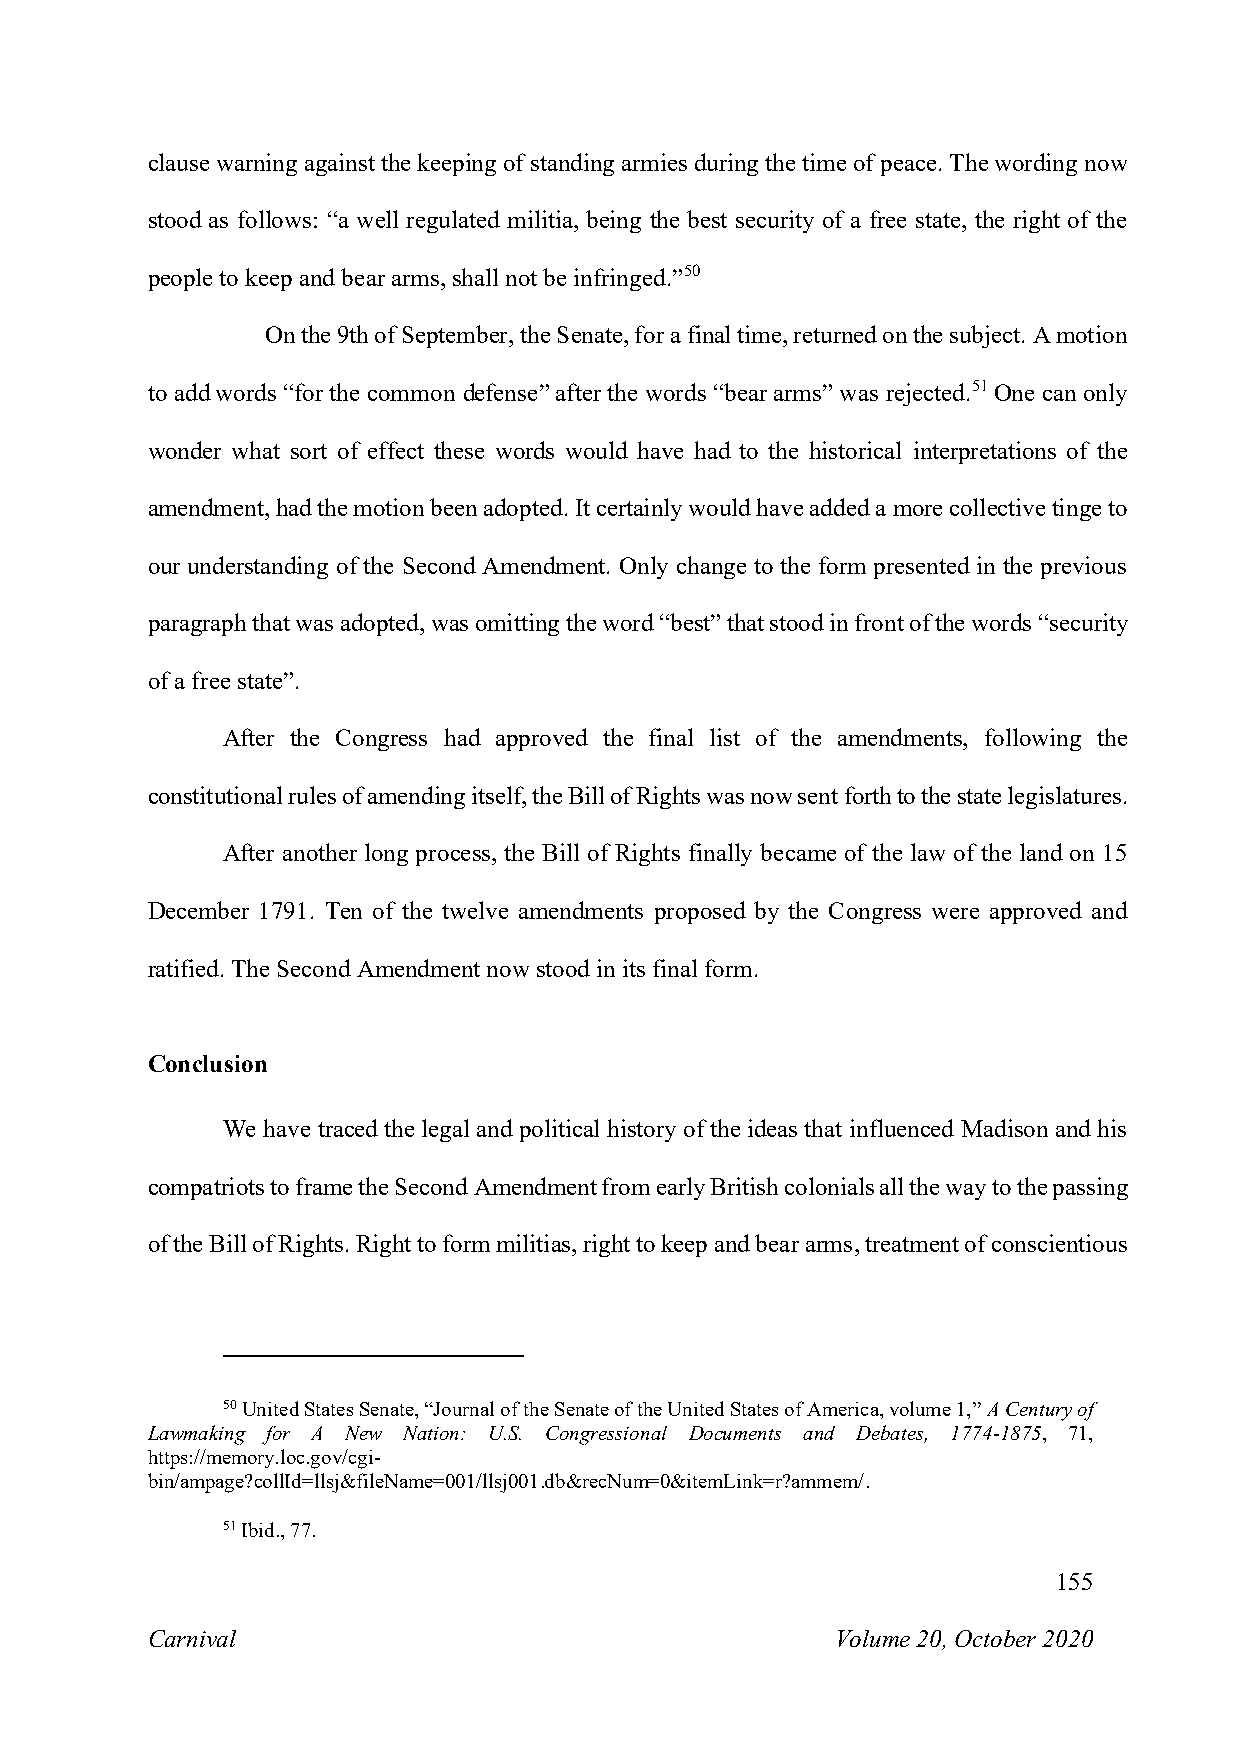
clause warning against the keeping of standing armies during the time of peace. The wording now
 stood as follows: “a well regulated militia, being the best security of a free state, the right of the
 people to keep and bear arms, shall not be infringed.”50
 On the 9th of September, the Senate, for a final time, returned on the subject. A motion
 to add words “for the common defense” after the words “bear arms” was rejected.51 One can only
 wonder what sort of effect these words would have had to the historical interpretations of the
 amendment, had the motion been adopted. It certainly would have added a more collective tinge to
 our understanding of the Second Amendment. Only change to the form presented in the previous
 paragraph that was adopted, was omitting the word “best” that stood in front of the words “security
 of a free state”.
 After the Congress had approved the final list of the amendments, following the
 constitutional rules of amending itself, the Bill of Rights was now sent forth to the state legislatures.
 After another long process, the Bill of Rights finally became of the law of the land on 15
 December 1791. Ten of the twelve amendments proposed by the Congress were approved and
 ratified. The Second Amendment now stood in its final form.
 Conclusion
 We have traced the legal and political history of the ideas that influenced Madison and his
 compatriots to frame the Second Amendment from early British colonials all the way to the passing
 of the Bill of Rights. Right to form militias, right to keep and bear arms, treatment of conscientious
 50 United States Senate, “Journal of the Senate of the United States of America, volume 1,” A Century of
 Lawmaking for A New Nation: U.S. Congressional Documents and Debates, 1774-1875, 71,
 https://memory.loc.gov/cgi-
 bin/ampage?collId=llsj&fileName=001/llsj001.db&recNum=0&itemLink=r?ammem/.
 51 Ibid., 77.
 155
 Carnival                                     Volume 20, October 2020